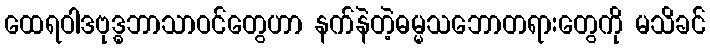
ထေရဝါဒဗုဒ္ဓဘာသာဝင်တွေဟာ နက်နဲတဲ့ဓမ္မသဘောတရားတွေကို မသိခင်